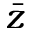
\bar { z }